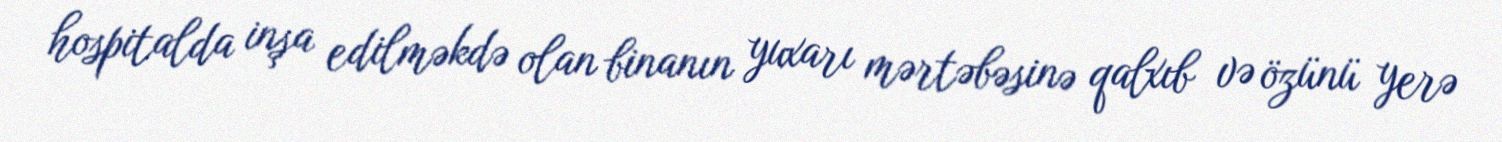
hospitalda inşa edilməkdə olan binanın yuxarı mərtəbəsinə qalxıb və özünü yerə